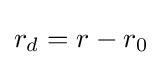
r_{d}=r-r_{0}